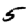
Digit: 5